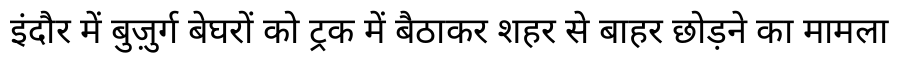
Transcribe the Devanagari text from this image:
इंदौर में बुज़ुर्ग बेघरों को ट्रक में बैठाकर शहर से बाहर छोड़ने का मामला